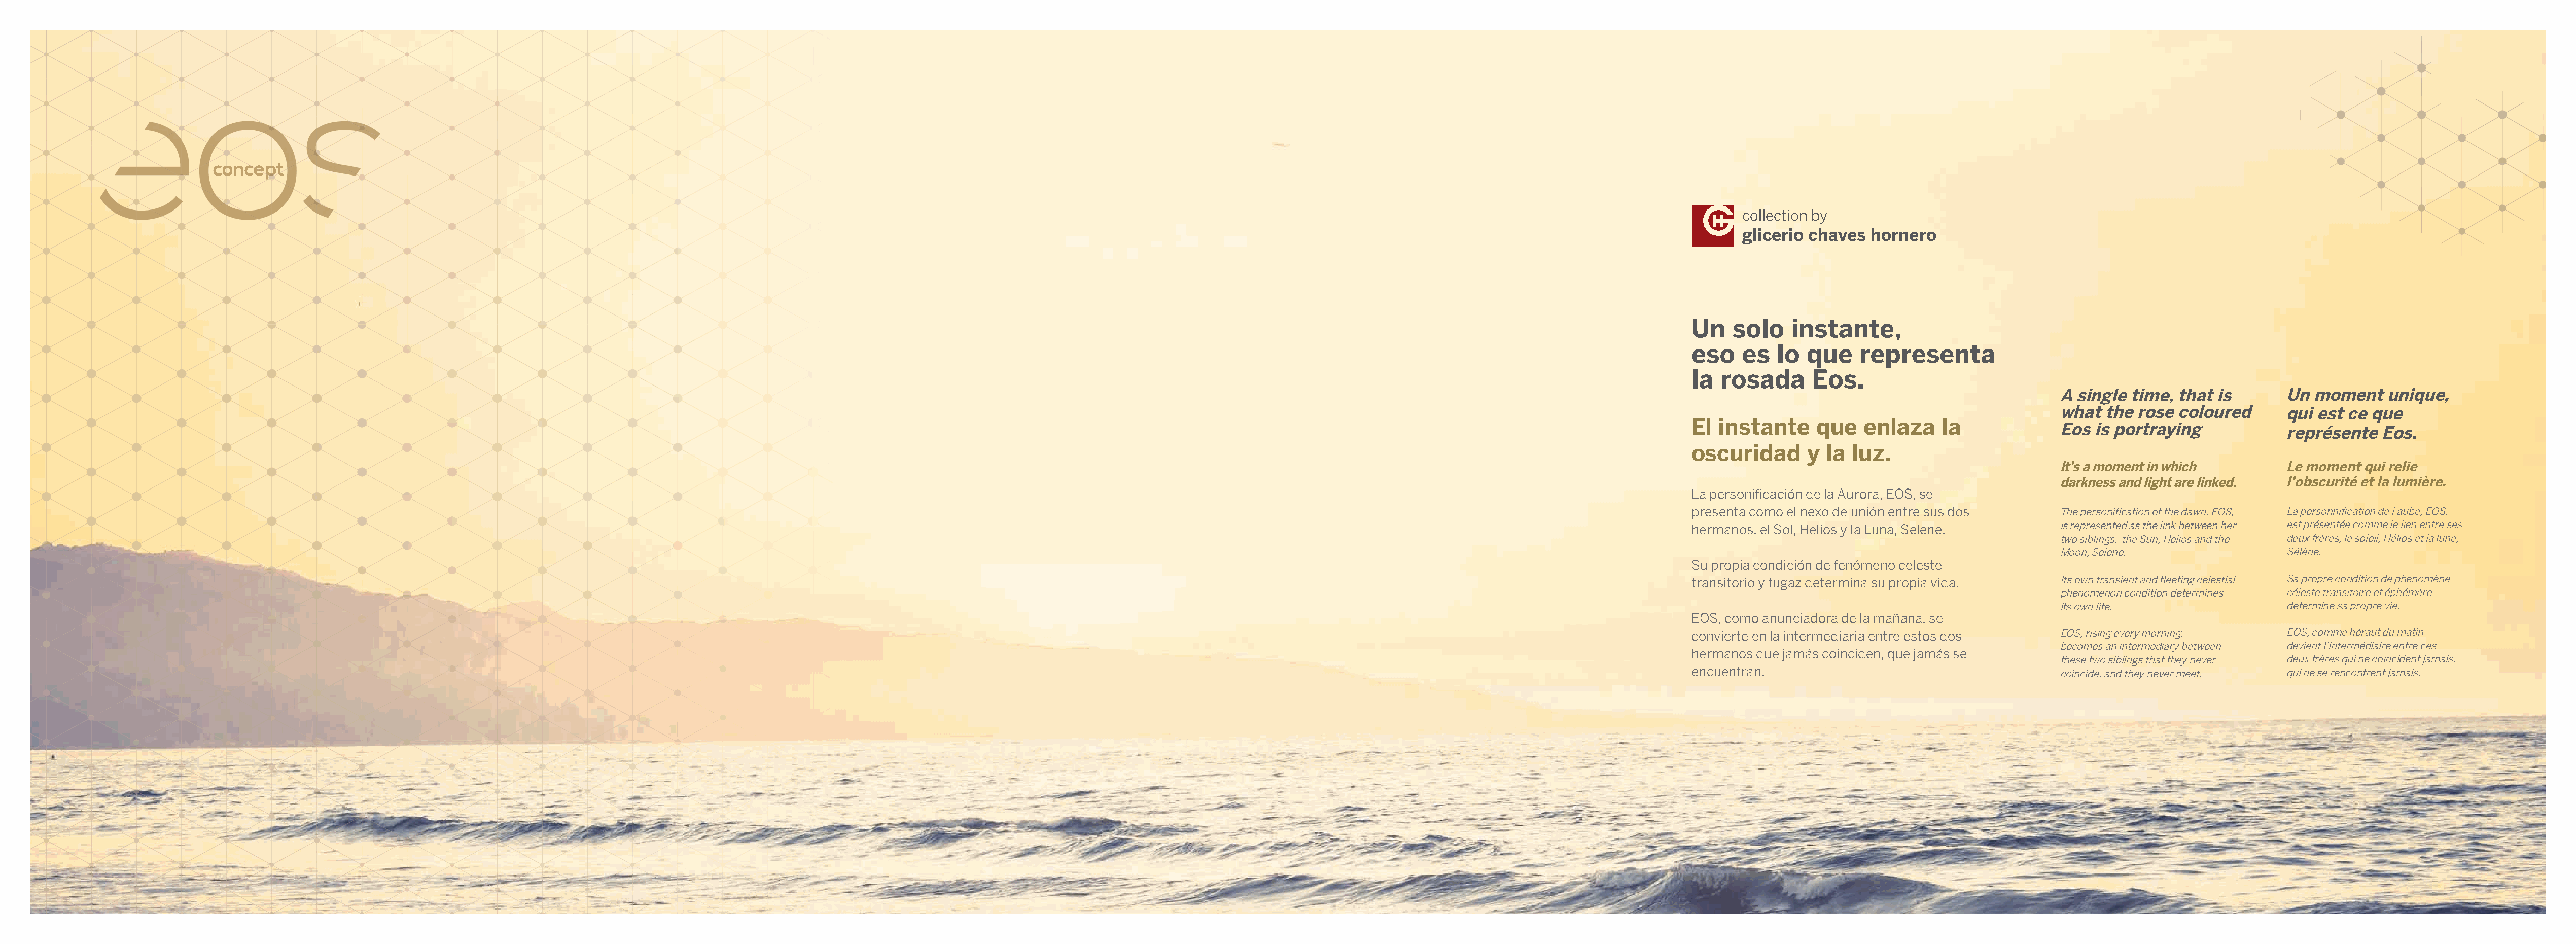
bedroom collection   2 3
 coonncceepptt
 collection by
 glicerio chaves  hornero
 Un   solo    instante,
 eso   es   lo  que    representa
 la  rosada      Eos.
 A single time, that is       Un  moment    unique,
 what  the rose coloured      qui est ce que
 El instante     que   enlaza    la
 Eos is portraying
 représente   Eos.
 oscuridad      y la  luz.
 It’s a moment in which       Le moment qui relie
 darkness and light are linked. l’obscurité et la lumière.
 La personificación de la Aurora, EOS, se
 presenta como el nexo de unión entre sus dos    The personification of the dawn, EOS, La personnification de l’aube, EOS,
 hermanos, el Sol, Helios y la Luna, Selene.     is represented as the link between her est présentée comme le lien entre ses
 two siblings, the Sun, Helios and the deux frères, le soleil, Hélios et la lune,
 Moon, Selene.                Sélène.
 Su propia condición de fenómeno celeste
 transitorio y fugaz determina su propia vida.   Its own transient and fleeting celestial Sa propre condition de phénomène
 phenomenon condition determines céleste transitoire et éphémère
 its own life.                détermine sa propre vie.
 EOS, como anunciadora de la mañana, se
 convierte en la intermediaria entre estos dos   EOS, rising every morning,   EOS, comme héraut du matin
 becomes an intermediary between devient l’intermédiaire entre ces
 hermanos que jamás coinciden, que jamás se
 these two siblings that they never deux frères qui ne coïncident jamais,
 encuentran.                                     coincide, and they never meet. qui ne se rencontrent jamais.